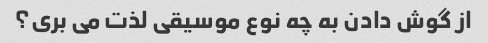
از گوش دادن به چه نوع موسیقی لذت می بری؟